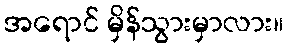
အရောင် မှိန်သွားမှာလား။